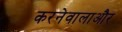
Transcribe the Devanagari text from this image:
करनेवालाऔर